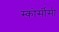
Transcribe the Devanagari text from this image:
स्कोर्सीसी